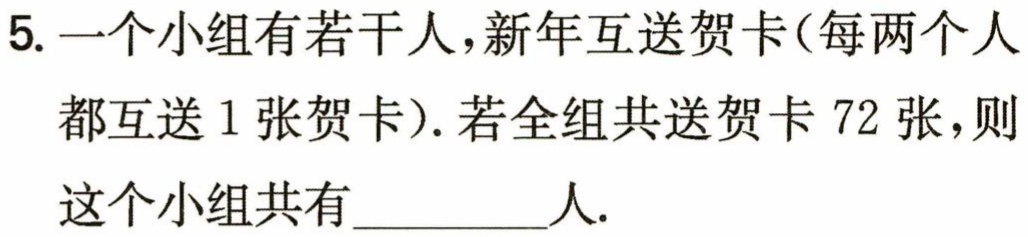
5. 一个小组有若干人，新年互送贺卡(每两个人
都互送 1 张贺卡). 若全组共送贺卡 72 张，则
这个小组共有________人.